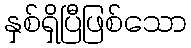
နှစ်ရှိပြီဖြစ်သော